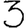
Digit: 3